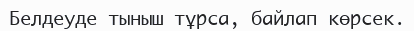
Белдеуде тыныш тұрса, байлап көрсек.